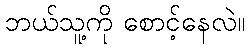
ဘယ်သူ့ကို စောင့်နေလဲ။